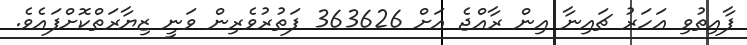
ފާއިތުވި އަހަރު ޗައިނާ އިން ރާއްޖެ އަށް 363626 ފަތުރުވެރިން ވަނީ ޒިޔާރަތްކޮށްފައެވެ.